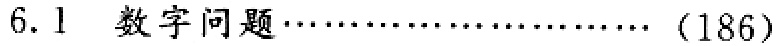
6.1 数字问题\ldots\ldots\ldots\ldots\ldots\ldots\ldots\ldots (186)